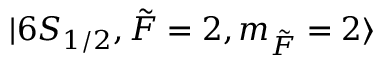
\lvert 6 S _ { 1 / 2 } , \Tilde { F } = 2 , m _ { \Tilde { F } } = 2 \rangle